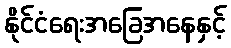
နိုင်ငံရေးအခြေအနေနှင့်